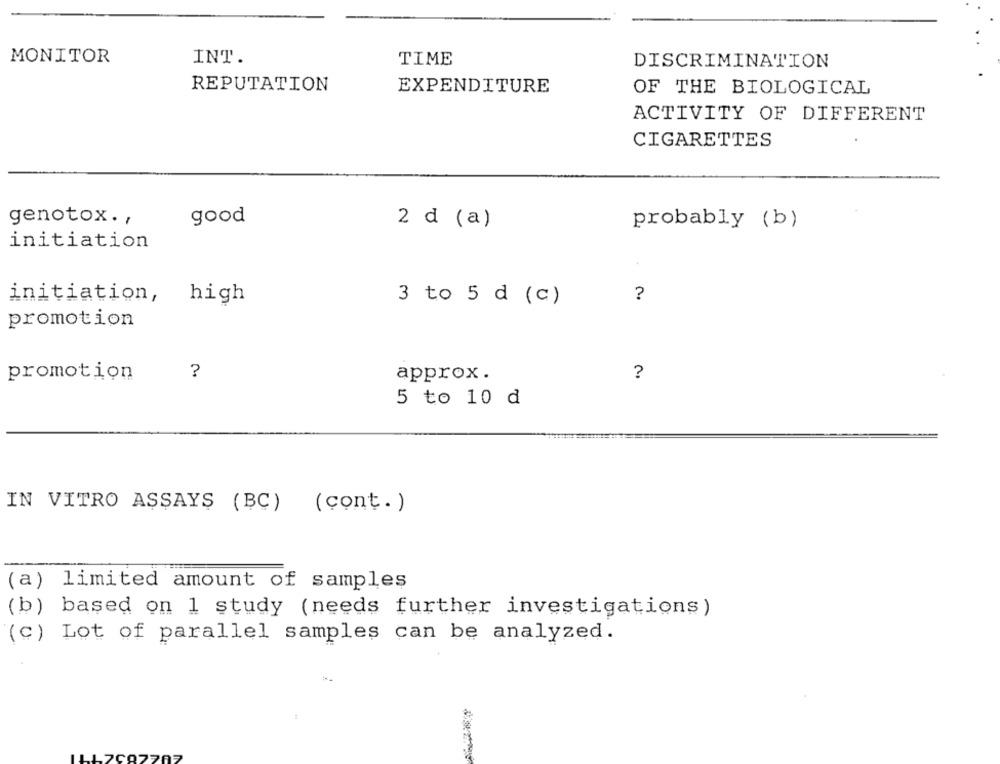
MONITOR
INT.
TIME
DISCRIMINATION
REPUTATION
EXPENDITURE
OF THE BIOLOGICAL
ACTIVITY OF DIFFERENT
CIGARETTES
genotox. ,
good
2 d (a)
probably (b)
initiation
initiation,
?
high
3 to 5 d (c)
promotion
?
?
promotion
approx.
5 to 10 d
IN VITRO ASSAYS (BC) (cont. )
(a) limited amount of samples
(b) based on 1 study (needs further investigations)
(c) Lot of parallel samples can be analyzed.